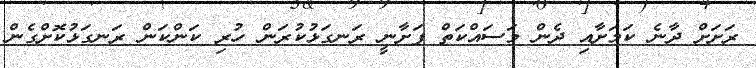
ރަށަށް ދާނެ ކަމަށާއި ދެން މަސައްކަތް ފަށާނީ ރަނގަޅުކުރަން ހުރި ކަންކަން ރަނގަޅުކޮށްގެން